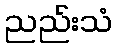
ညည်းသံ